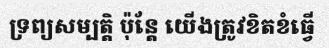
ទ្រព្យសម្បត្តិ ប៉ុន្តែ យើងត្រូវខិតខំធ្វើ